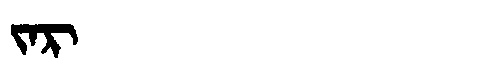
Manchu: ᠵᠠᡵ
Romanization: JAR